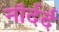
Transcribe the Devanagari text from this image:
नॉर्दर्द